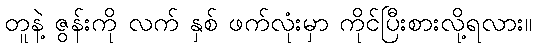
တူနဲ့ ဇွန်းကို လက် နှစ် ဖက်လုံးမှာ ကိုင်ပြီးစားလို့ရလား။